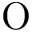
\mathrm { O }